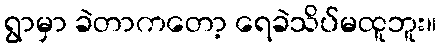
ရွာမှာ ခဲတာကတော့ ရေခဲသိပ်မထူဘူး။